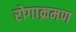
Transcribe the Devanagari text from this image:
रोगाक्रमण